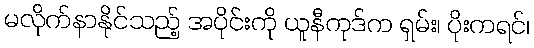
မလိုက်နာနိုင်သည့် အပိုင်းကို ယူနီကုဒ်က ရှမ်း၊ ပိုးကရင်၊